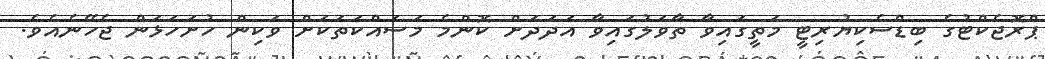
ޕްރޮޖެކްޓުގެ ބިޑްސެކިޔުރިޓީ މަތީގައިވާ ތާވަލުގައިވާ އަދަދަށް ކޮންމެ މަސައްކަތަކަށް ވަކިން ހުށަހަޅަން ޖެހޭނެއެވެ.